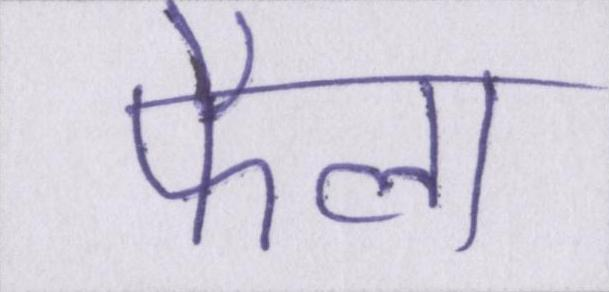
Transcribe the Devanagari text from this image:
फैला